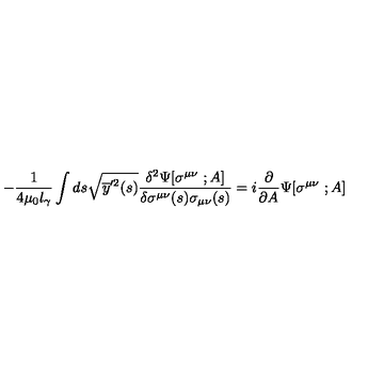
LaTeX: - { \frac { 1 } { 4 \mu _ { 0 } l _ { \gamma } } } \int d s \sqrt { \overline { y } ^ { \prime 2 } ( s ) } { \frac { \delta ^ { 2 } \Psi [ \sigma ^ { \mu \nu } \ ; A ] } { \delta \sigma ^ { \mu \nu } ( s ) \sigma _ { \mu \nu } ( s ) } } = i { \frac { \partial } { \partial A } } \Psi [ \sigma ^ { \mu \nu } \ ; A ]